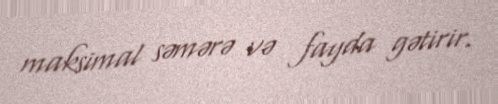
maksimal səmərə və fayda gətirir.